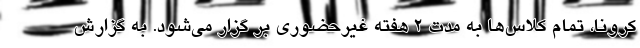
کرونا، تمام کلاس‌ها به مدت ۲ هفته غیرحضوری بر گزار می‌شود. به گزارش